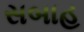
સબાહ